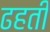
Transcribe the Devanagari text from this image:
ढहती